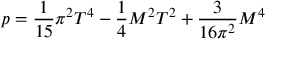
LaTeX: p = \frac { 1 } { 1 5 } \pi ^ { 2 } T ^ { 4 } - \frac { 1 } { 4 } M ^ { 2 } T ^ { 2 } + \frac { 3 } { 1 6 \pi ^ { 2 } } M ^ { 4 }